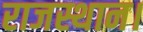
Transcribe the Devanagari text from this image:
राजस्थान।